Civil Veterinary Department. United Provinces 1932-42 - 1932-1942
Year: 1932
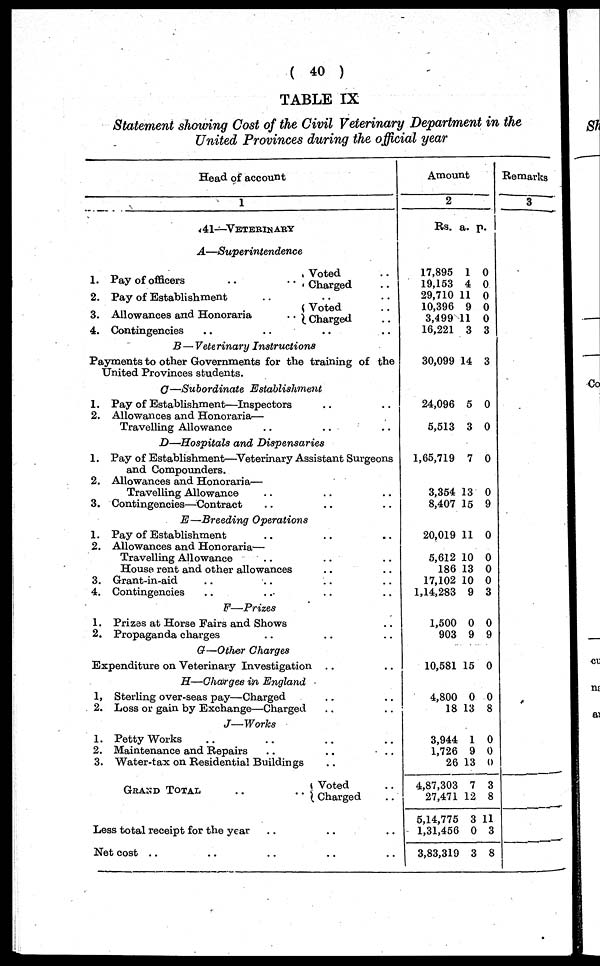
( 40 )
TABLE IX
Statement showing Cost of the Civil Veterinary Department in the
United Provinces during the official year
Head of account
1
A1—VETERINARY
A—Superintendenc
e
1. Pay of officers
..
..
2. Pay of Establishment .. .. ..
3. Allowances and Honoraria
..
..Voted
Charged ..
Voted ..
Charsed ..
4. Contingencies .. .. .. ..
B — Veterinary
Instructions
Payments to other Governments for the training of the
United Provinces students.
G—Subordinate
Establishmen
1. Pay of Establishment—Inspectors .. ..
2. Allowances and Honoraria—
Travelling Allowance .. .. ..
D—Hospitals and Dispensaries
1. Pay of Establishment—Veterinary Assistant Surgeons
and Compounders.
2. Allowances and Honoraria—
Travelling Allowance .. .. ..
3. Contingencies—Contract .. .. ..
E—Breeding Operations.
1. Pay of Establishment .. .. ..
2. Allowances and Honoraria—
Travelling Allowance .. .. ..
House ront and other allowances .. ..
3. Grant-in-aid .. .. .. ..
4. Contingencies .. .. .. ..
F—Prizes
1. Prizes at Horse Fairs and Shows ..
2. Propaganda charges .. .. ..
G—Other Charges
Expenditure on Veterinary Investigation .. ..
H—Charges in England
1, Sterling over-seas pay—Charged .. ..
2. Loss or gain by Exchange—Charged .. ..
J— Works
1. Petty Works .. .. ..
2. Maintenance and Repairs .. .. ..
3. Water-tax on Residential Buildings .. ..
GRAND
TOTAL
Voted ..
Charged ..
Less total receipt for the year .. ..
Net cost .. .. .. .. ..
Amount
2
Rs.
17,895
19,153
29,710
10,396
3,499
16,221
30,099
24,096
5,513
1,65,719
3,354
8,407
20,019
5,612
186
17,102
1,14,283
1,500
903
10,581
4,800
18
3,944
1,726
26
4,87,303
27,471
5,14,775
1,31,456
3,83,319
a.
1
4
11
9
11
3
14
5
3
7
13
15
11
10
13
10
9
0
9
15
0
13
1
9
13
7
12
3
0
3
p.
0
0
0
0
0
3
3
0
0
0
0
9
0
0
0
0
3
0
9
0
0
8
0
0
0
3
8
11
3
8
Remarks
3